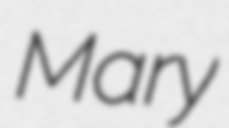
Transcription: Mary